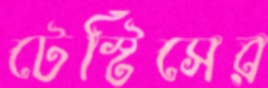
টেস্টিসের